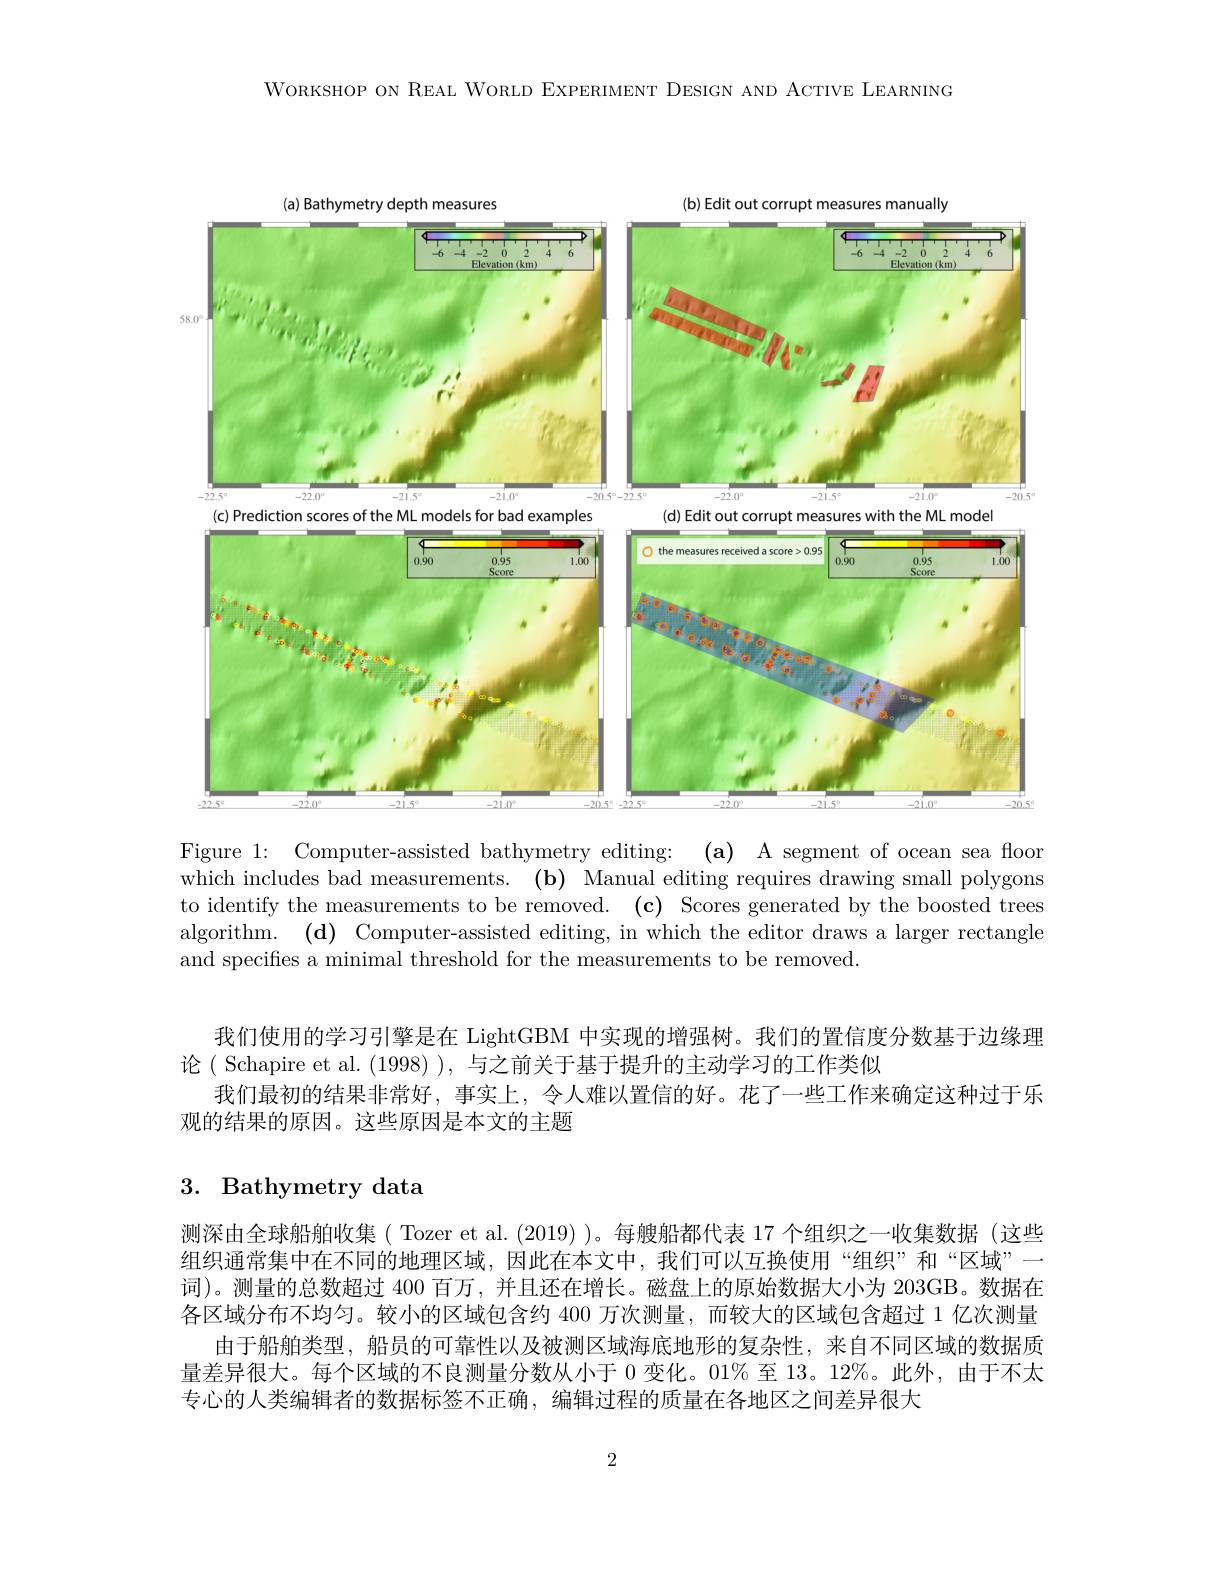
WoRKSHOP ON REAL WORLD EXPERIMENT DESIGN AND ACTIVE LEARNING

<FigureHere>

Figure 1: Computer-assisted bathymetry editing: (a) A segment of ocean sea floor $\dot{\text{which includes bad measurements. }}$ $( \mathbf{b} )$ Manual editing requires drawing small polygons to identify the measurements to be removed. (c) Scores generated by the boosted trees algorithm. (d) Computer-assisted editing, in which the editor draws a larger rectangle and specifies a minimal threshold for the measurements to be removed.

我们使用的学习引擎是在 LightGBM 中实现的增强树。我们的置信度分数基于边缘理
论( Schapire et al. (1998) ), 与之前关于基于提升的主动学习的工作类似
我们最初的结果非常好，事实上，令人难以置信的好。花了一些工作来确定这种过于乐
观的结果的原因。这些原因是本文的主题

## 3. Bathymetry data

测深由全球船舶收集 ( Tozer et al. (2019) )。每艘船都代表 17 个组织之一收集数据 (这些组织通常集中在不同的地理区域，因此在本文中，我们可以互换使用“组织”和“区域”一词)。测量的总数超过 400 百万，并且还在增长。磁盘上的原始数据大小为 203GB。数据在各区域分布不均匀。较小的区域包含约 400 万次测量，而较大的区域包含超过 1 亿次测量
由于船舶类型，船员的可靠性以及被测区域海底地形的复杂性，来自不同区域的数据质量差异很大。每个区域的不良测量分数从小于 0 变化。01% 至 13。12%。此外，由于不太专心的人类编辑者的数据标签不正确，编辑过程的质量在各地区之间差异很大

2